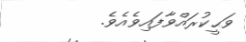
ވަޙީކުރައްވާފައިވެއެވެ.